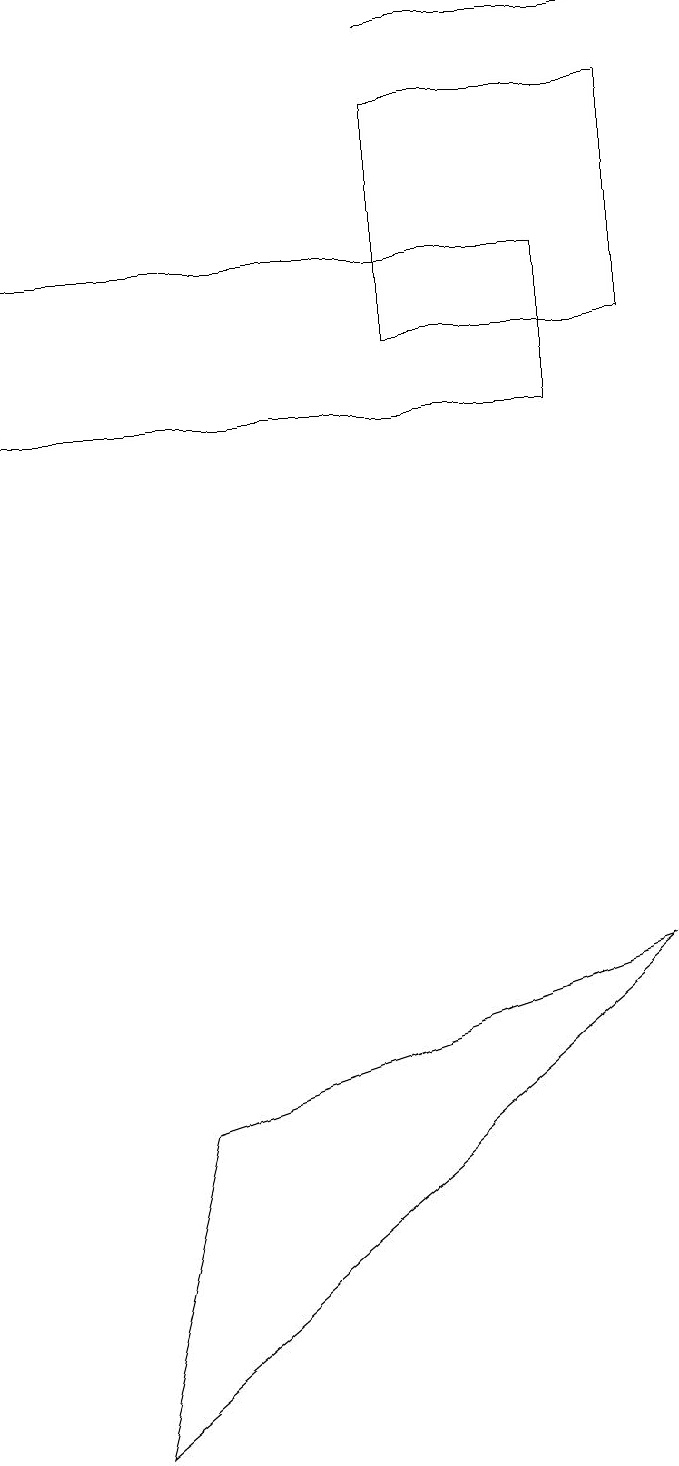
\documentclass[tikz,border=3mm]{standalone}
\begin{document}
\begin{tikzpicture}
\draw (9,6) -- (3,4) -- (2,0) -- cycle;
\draw (8,13) rectangle (1,15);
\draw (9,17) rectangle (6,14);
\draw[->] (6,18) -- (9,18);
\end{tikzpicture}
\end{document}